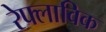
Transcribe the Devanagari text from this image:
रेफ्लाविक